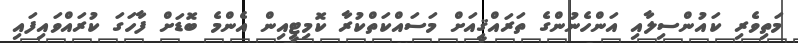
މަތިވެރި ކައުންސިލާއި އަންހެނުންގެ ތަރައްޤީއަށް މަސައްކަތްކުރާ ކޮމިޓީއިން އެންމެ ބޮޑަށް ފާހަގަ ކުރައްވައިފައި